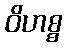
ဝိဟစ္စ